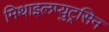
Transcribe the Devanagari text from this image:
मिथाइलप्युट्रसिन